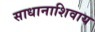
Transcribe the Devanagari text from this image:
साधानाशिवाय